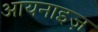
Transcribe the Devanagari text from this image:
आयनाइज़